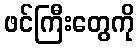
ဖင်ကြီးတွေကို